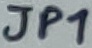
Text: JP1